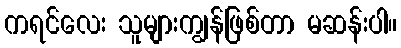
ကရင်လေး သူများကျွန်ဖြစ်တာ မဆန်းပါ။